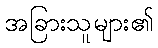
အခြားသူများ၏